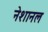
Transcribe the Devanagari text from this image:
नेशानल